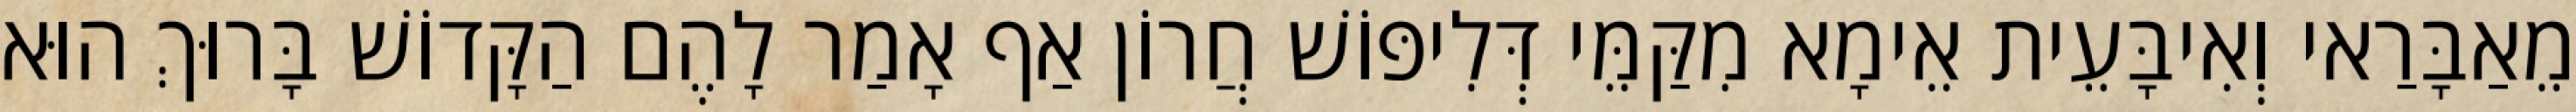
מֵאַבָּרַאי וְאִיבָּעֵית אֵימָא מִקַּמֵּי דְּלִיפּוֹשׁ חֲרוֹן אַף אָמַר לָהֶם הַקָּדוֹשׁ בָּרוּךְ הוּא